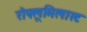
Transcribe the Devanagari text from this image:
रोफ्लूमिलास्ट